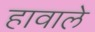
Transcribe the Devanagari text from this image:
हावाले